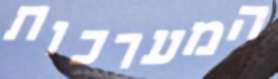
המערכות